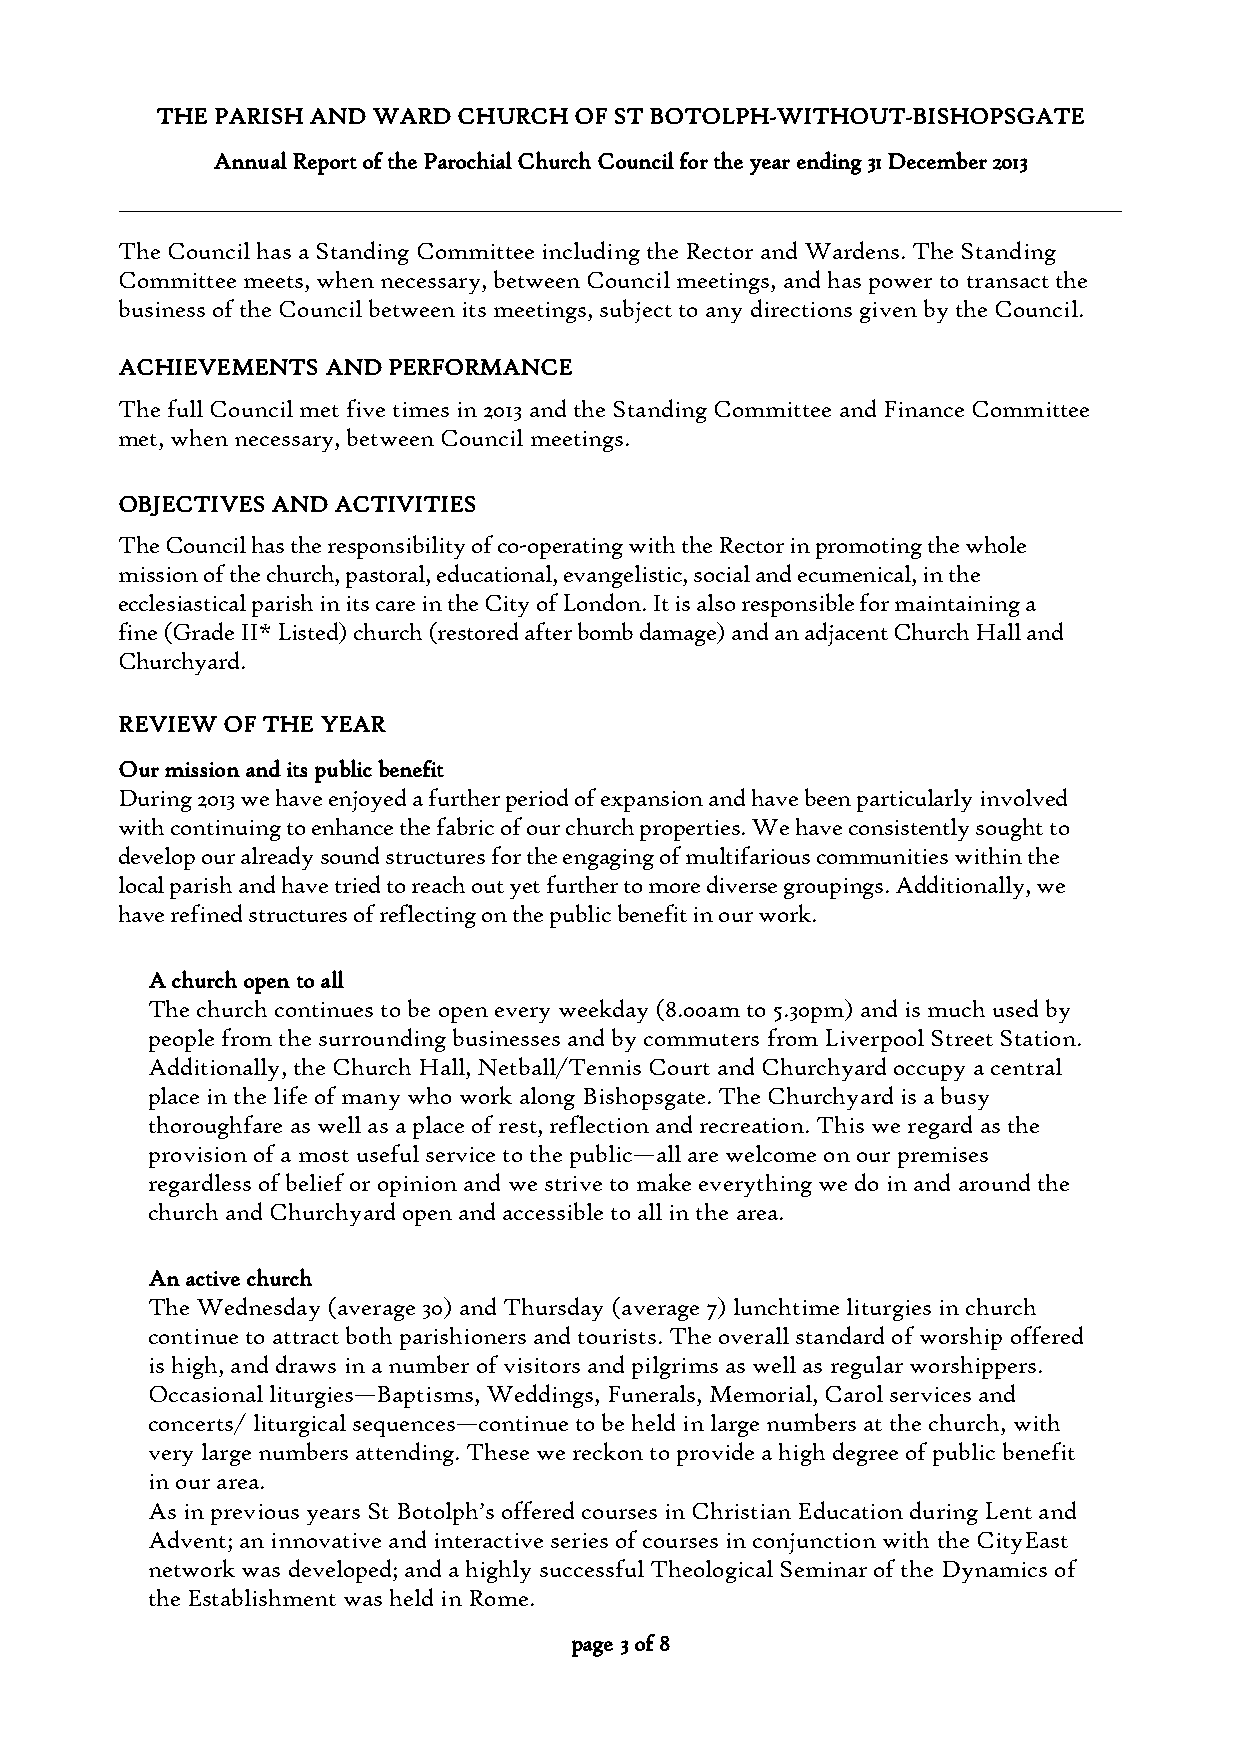
THE PARISH AND WARD CHURCH  OF ST BOTOLPH-WITHOUT-BISHOPSGATE
 Annual Report of the Parochial Church Council for the year ending 31 December 2013
 The Council has a Standing Committee including the Rector and Wardens. The Standing
 Committee meets, when necessary, between Council meetings, and has power to transact the
 business of the Council between its meetings, subject to any directions given by the Council.
 ACHIEVEMENTS AND  PERFORMANCE
 The full Council met five times in 2013 and the Standing Committee and Finance Committee
 met, when necessary, between Council meetings.
 OBJECTIVES AND ACTIVITIES
 The Council has the responsibility of co-operating with the Rector in promoting the whole
 mission of the church, pastoral, educational, evangelistic, social and ecumenical, in the
 ecclesiastical parish in its care in the City of London. It is also responsible for maintaining a
 fine (Grade II* Listed) church (restored after bomb damage) and an adjacent Church Hall and
 Churchyard.
 REVIEW OF THE YEAR
 Our mission and its public benefit
 During 2013 we have enjoyed a further period of expansion and have been particularly involved
 with continuing to enhance the fabric of our church properties. We have consistently sought to
 develop our already sound structures for the engaging of multifarious communities within the
 local parish and have tried to reach out yet further to more diverse groupings. Additionally, we
 have refined structures of reflecting on the public benefit in our work.
 A church open to all
 The church continues to be open every weekday (8.00am to 5.30pm) and is much used by
 people from the surrounding businesses and by commuters from Liverpool Street Station.
 Additionally, the Church Hall, Netball/Tennis Court and Churchyard occupy a central
 place in the life of many who work along Bishopsgate. The Churchyard is a busy
 thoroughfare as well as a place of rest, reflection and recreation. This we regard as the
 provision of a most useful service to the public—all are welcome on our premises
 regardless of belief or opinion and we strive to make everything we do in and around the
 church and Churchyard open and accessible to all in the area.
 An active church
 The Wednesday (average 30) and Thursday (average 7) lunchtime liturgies in church
 continue to attract both parishioners and tourists. The overall standard of worship offered
 is high, and draws in a number of visitors and pilgrims as well as regular worshippers.
 Occasional liturgies—Baptisms, Weddings, Funerals, Memorial, Carol services and
 concerts/ liturgical sequences—continue to be held in large numbers at the church, with
 very large numbers attending. These we reckon to provide a high degree of public benefit
 in our area.
 As in previous years St Botolph’s offered courses in Christian Education during Lent and
 Advent; an innovative and interactive series of courses in conjunction with the CityEast
 network was developed; and a highly successful Theological Seminar of the Dynamics of
 the Establishment was held in Rome.
 page 3 of 8